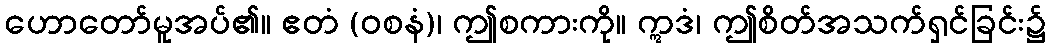
ဟောတော်မူအပ်၏။ ဧတံ (ဝစနံ)၊ ဤစကားကို။ ဣဒံ၊ ဤစိတ်အသက်ရှင်ခြင်း၌